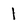
Character: l